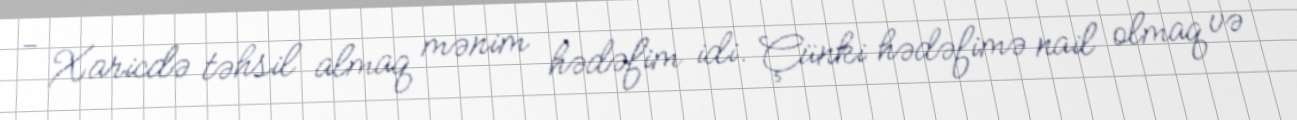
- Xaricdə təhsil almaq mənim hədəfim idi. Çünki hədəfimə nail olmaq və